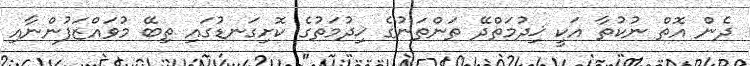
ދެން އޮތް ނުކުތާ އަކީ ޚިދުމަތްދޭ ތަންތަނުގެ ޚިދުމަތުގެ ކޮށިގަނޑުގައި ތިބޭ މުވައްޒަފުންނާއި